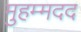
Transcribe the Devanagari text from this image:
मुहम्मदद